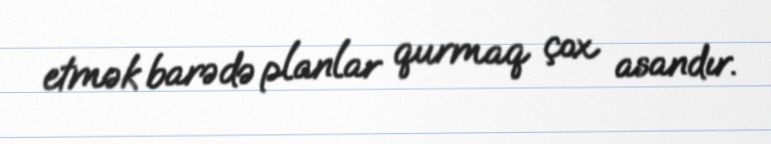
etmək barədə planlar qurmaq çox asandır.